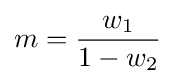
m={\frac {w_{1}}{1-w_{2}}}